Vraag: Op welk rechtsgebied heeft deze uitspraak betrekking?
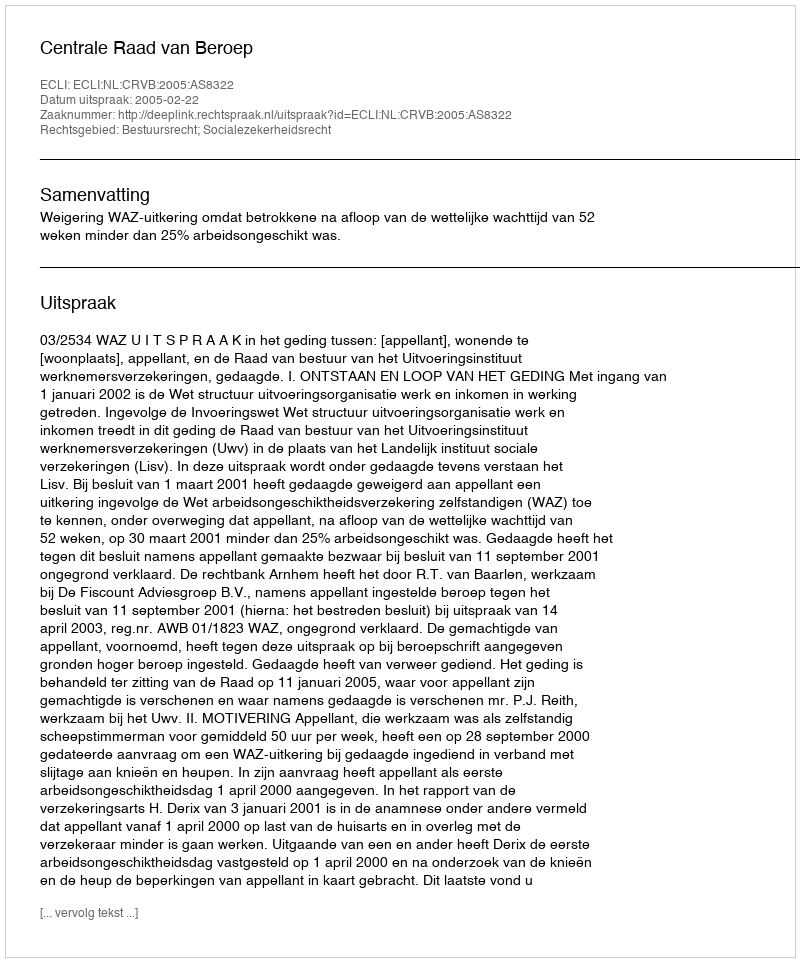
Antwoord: Bestuursrecht; Socialezekerheidsrecht